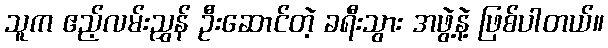
သူက ဧည့်လမ်းညွှန် ဦးဆောင်တဲ့ ခရီးသွား အဖွဲ့နဲ့ ဖြစ်ပါတယ်။